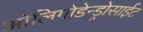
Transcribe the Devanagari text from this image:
ओलिगोडेन्ड्रोसाईट